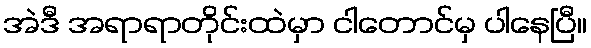
အဲဒီ အရာရာတိုင်းထဲမှာ ငါတောင်မှ ပါနေပြီ။